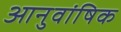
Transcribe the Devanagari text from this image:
आनुवांषिक